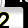
Digit: 2